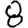
Digit: 8